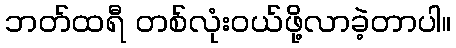
ဘတ်ထရီ တစ်လုံးဝယ်ဖို့လာခဲ့တာပါ။